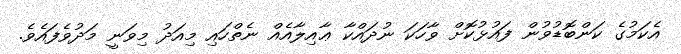
އެކަމުގެ ކަންބޮޑުވުން ފައުޅުކޮށް ވާހަކަ ނުދައްކާ ޢާއިލާއެއް ނެތްހައި މިއަދު މިވަނީ މަދުވެފައެވެ.